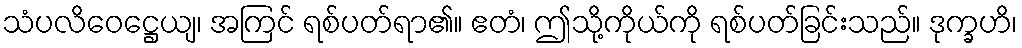
သံပလိဝေဋ္ဌေယျ၊ အကြင် ရစ်ပတ်ရာ၏။ ဧတံ၊ ဤသို့ကိုယ်ကို ရစ်ပတ်ခြင်းသည်။ ဒုက္ခဟိ၊